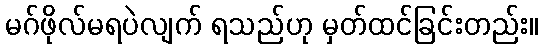
မဂ်ဖိုလ်မရပဲလျက် ရသည်ဟု မှတ်ထင်ခြင်းတည်း။